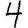
Digit: 4